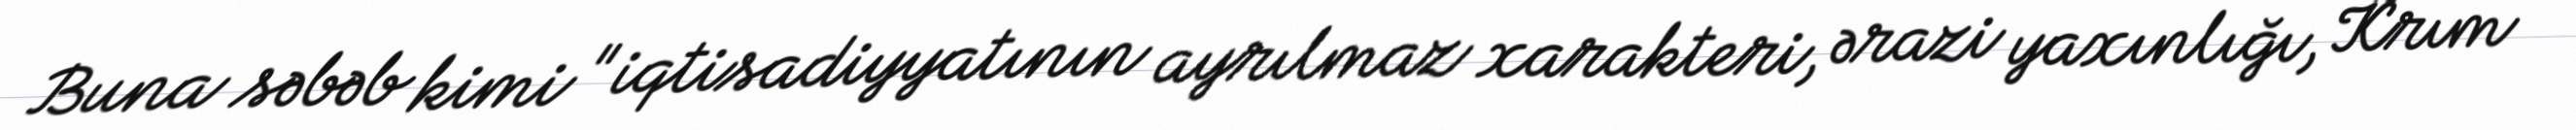
Buna səbəb kimi "iqtisadiyyatının ayrılmaz xarakteri, ərazi yaxınlığı, Krım